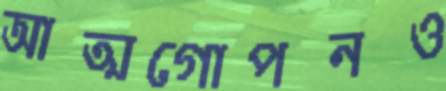
আত্মগোপনও